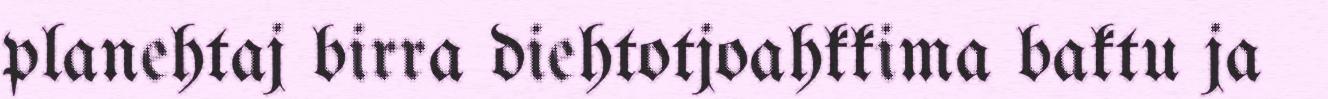
planehtaj birra diehtotjoahkkima baktu ja